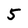
Character: 5